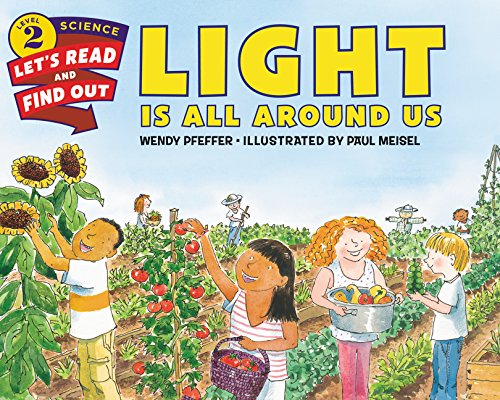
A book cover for Light Is All Around Us (Let's-Read-and-Find-Out Science 2); Wendy Pfeffer; Children's Books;